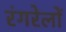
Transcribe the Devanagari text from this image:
रंगरेलों